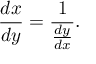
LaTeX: { \frac { d x } { d y } } = { \frac { 1 } { \frac { d y } { d x } } } .